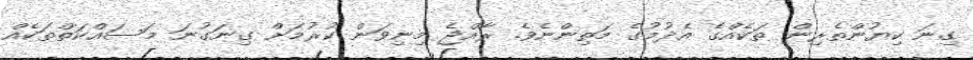
ގިނަ ކިޔުންތެރިން ތަކެއްގެ އެދުމުގެ މަތިންނެވެ. ރާއްޖެ މިނިވަން ކުރުމަށް ގިނަގުނަ މަސައްކަތްތަކެއް